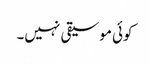
کوئی موسیقی نہیں۔